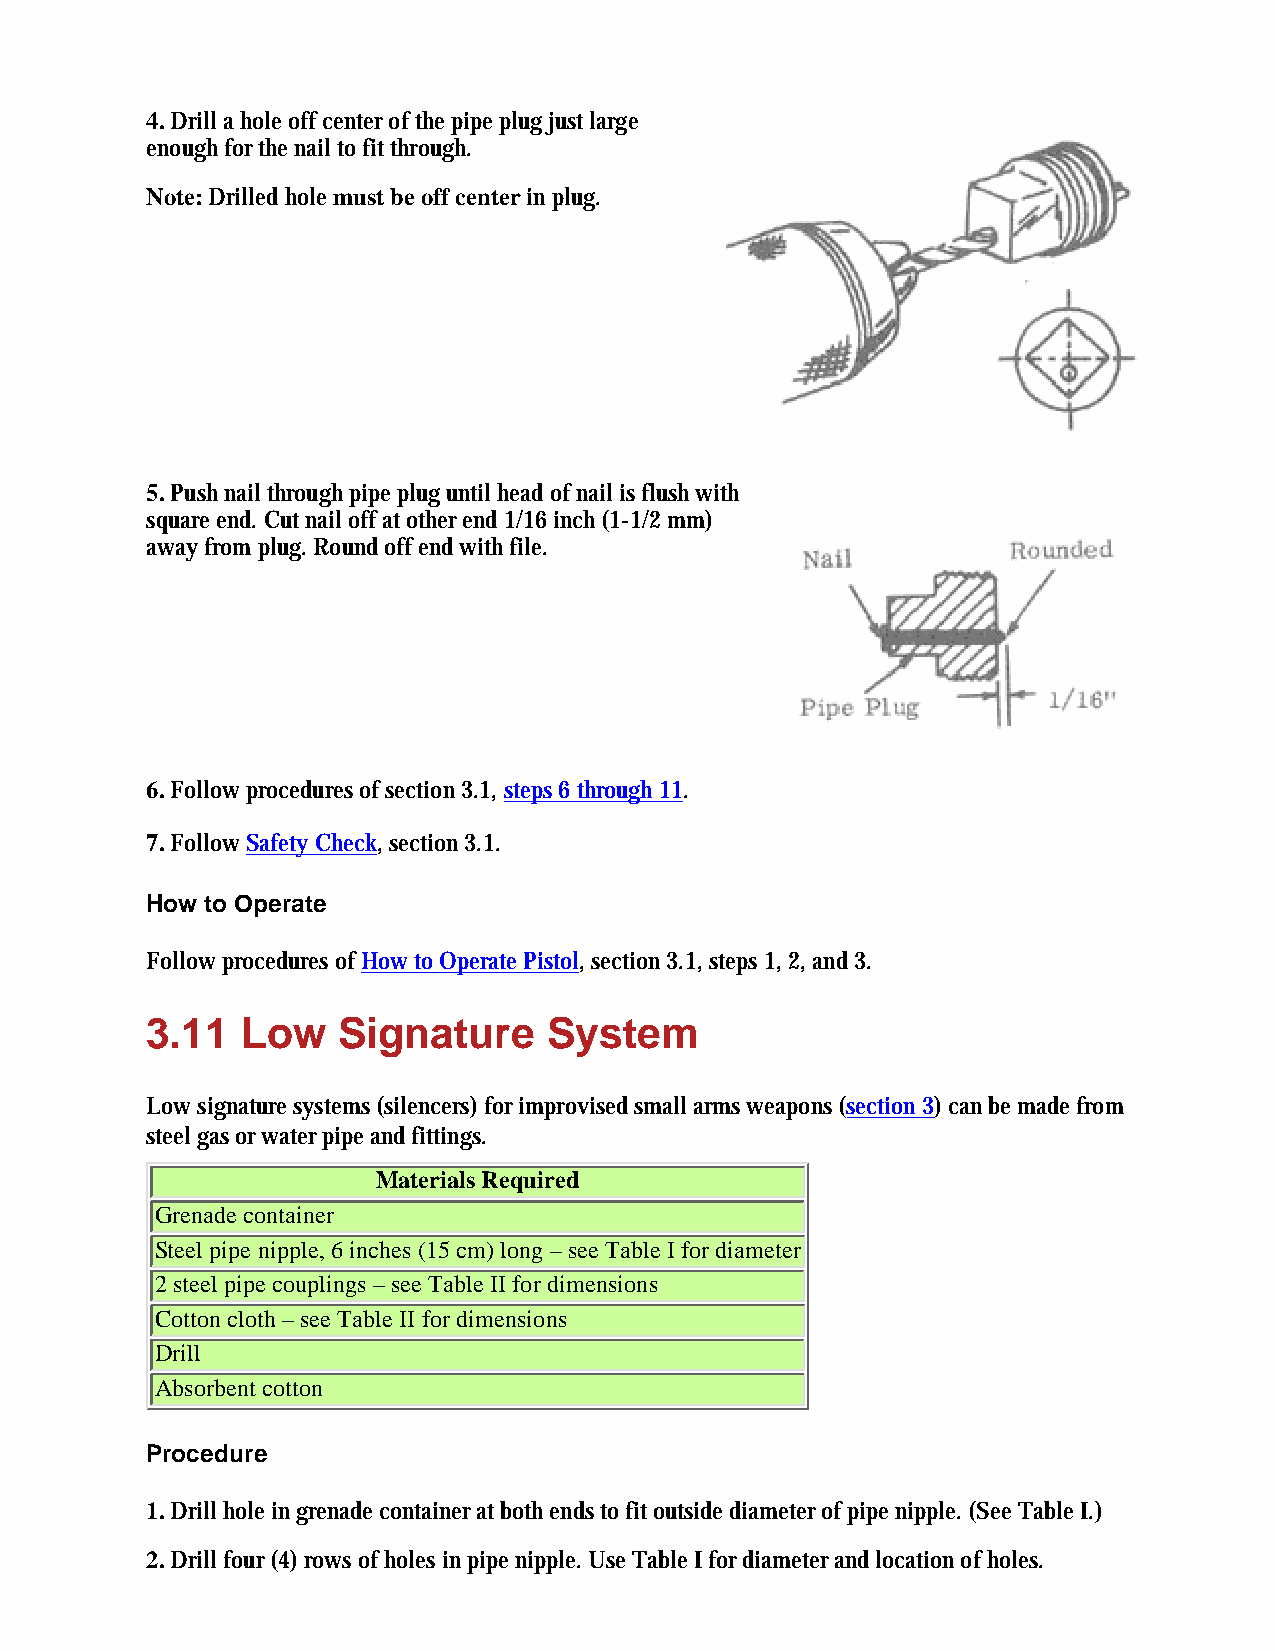
4. Drill a hole off center of the pipe plug just large
 enough for the nail to fit through.
 Note: Drilled hole must be off center in plug.
 5. Push nail through pipe plug until head of nail is flush with
 square end. Cut nail off at other end 1/16 inch (1-1/2 mm)
 away from plug. Round off end with file.
 6. Follow procedures of section 3.1, steps 6 through 11.
 7. Follow Safety Check, section 3.1.
 How to Operate
 Follow procedures of How to Operate Pistol, section 3.1, steps 1, 2, and 3.
 3.11  Low   Signature     System
 Low signature systems (silencers) for improvised small arms weapons (section 3) can be made from
 steel gas or water pipe and fittings.
 Materials Required
 Grenade container
 Steel pipe nipple, 6 inches (15 cm) long – see Table I for diameter
 2 steel pipe couplings – see Table II for dimensions
 Cotton cloth – see Table II for dimensions
 Drill
 Absorbent cotton
 Procedure
 1. Drill hole in grenade container at both ends to fit outside diameter of pipe nipple. (See Table I.)
 2. Drill four (4) rows of holes in pipe nipple. Use Table I for diameter and location of holes.